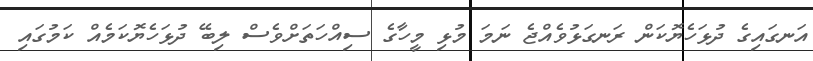
އަނގައިގެ ދުޅަހެޔޮކަން ރަނގަޅުވެއްޖެ ނަމަ މުޅި މީހާގެ ސިއްހަތަށްވެސް ލިބޭ ދުޅަހެޔޮކަމެއް ކަމުގައި